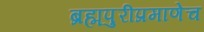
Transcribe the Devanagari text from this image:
ब्रह्मपुरीप्रमाणेच